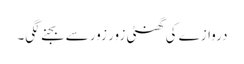
دروازے کی گھنٹی زور زور سے بجنے لگی۔